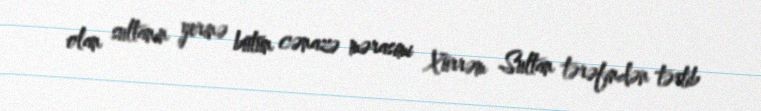
olan sultanın yerinə bütün cənazə mərasimi Xürrəm Sultan tərəfindən tərtib